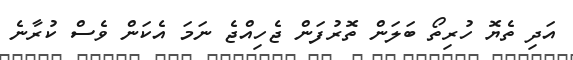
އަދި ތެޔޮ ހުރިތޯ ބަލަން ތޮރުފަން ޖެހިއްޖެ ނަމަ އެކަން ވެސް ކުރާނެ